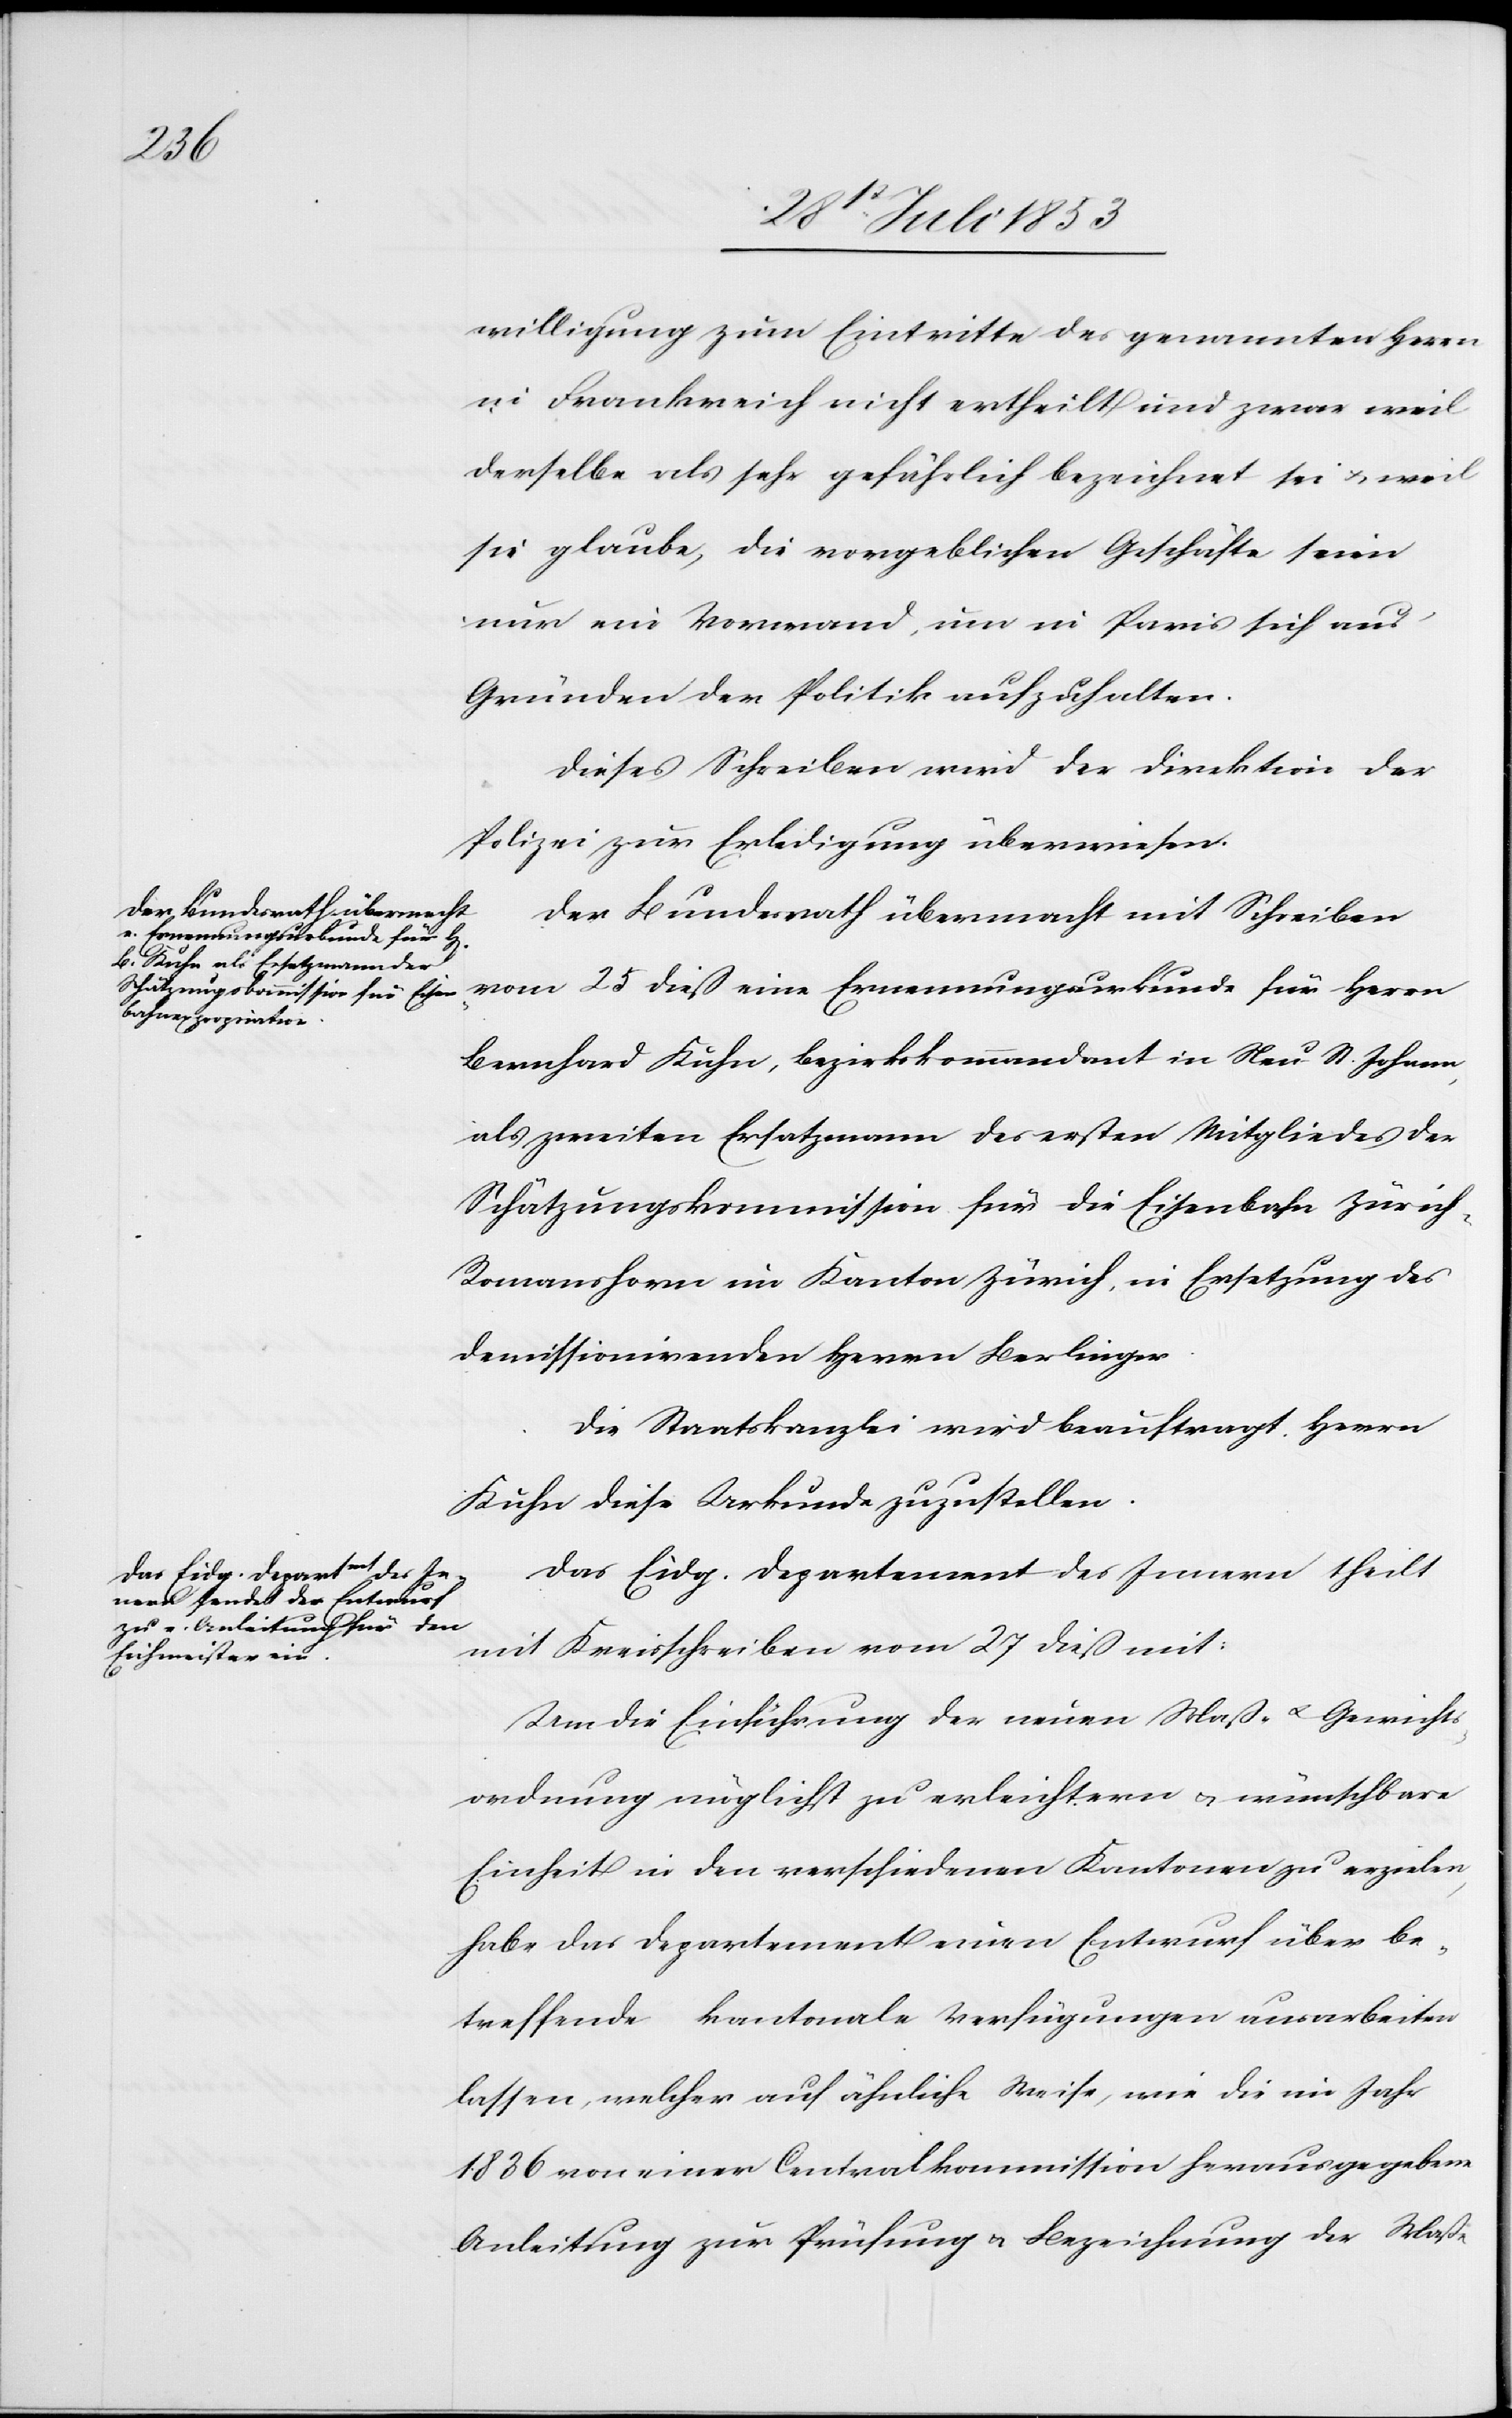
28t[en] Juli 1853.]
willigung zum Eintritte des genannten Herrn
in Frankreich nicht ertheilt und zwar weil
derselbe als sehr gefährlich bezeichnet sei u. weil
sie glaube, die vorgeblichen Geschäfte seien
nur ein Vorwand, um in Paris sich aus
Gründen der Politik aufzuhalten.
Dieses Schreiben wird der Direktion der
Polizei zur Erledigung überwiesen.
Der Bundesrath übermacht mit Schreiben
vom 25 dieß eine Ernennungsurkunde für Herrn
Bernhard Kuhn, Bezirkskommandant in Neu St. Johann,
als zweiten Ersatzmann des ersten Mitgliedes der
Schätzungskommission für die Eisenbahn Züric¬
h–Romanshorn im Kanton Zürich, in Ersetzung des
demissionirenden Herrn Berlinger.
Die Staatskanzlei wird beauftragt Herrn
Kuhn diese Urkunde zuzustellen.
Das Eidg. Departement des Innern theilt
mit Kreisschreiben vom 27 dieß mit:
Um die Einführung der neuen Maß- u. Gewichts¬
ordnung möglichst zu erleichtern u. wünschbare
Einheit in den verschiedenen Kantonen zu erzielen,
habe das Departement einen Entwurf über Be¬
treffende kantonale Verfügungen ausarbeiten
lassen, welcher auf ähnliche Weise, wie die im Jahr
1836 von einer Cantonalkommission herausgegebene
Anleitung zur Prüfung u. Bezeichnung der Maße